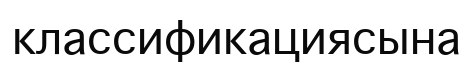
классификациясына